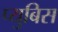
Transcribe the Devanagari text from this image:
प्युबिस